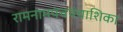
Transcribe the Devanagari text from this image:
रामनामपंचपंचाशिका